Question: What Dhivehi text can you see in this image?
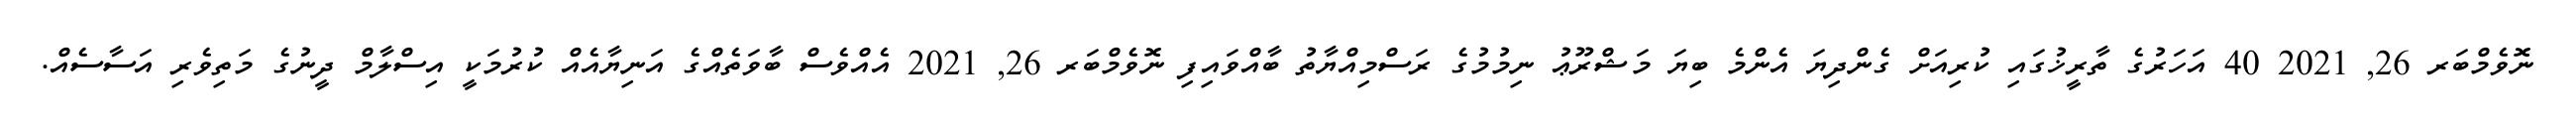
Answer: ނޮވެމްބަރ 26, 2021 40 އަހަރުގެ ތާރީޚުގައި ކުރިއަށް ގެންދިޔަ އެންމެ ބިޔަ މަޝްރޫޢު ނިމުމުގެ ރަސްމިއްޔާތު ބާއްވައިފި ނޮވެމްބަރ 26, 2021 އެއްވެސް ބާވަތެއްގެ އަނިޔާއެއް ކުރުމަކީ އިސްލާމް ދީނުގެ މަތިވެރި އަސާސެއް.